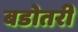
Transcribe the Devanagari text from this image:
बडोतरी